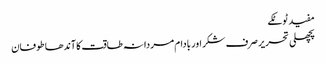
مفید ٹوٹکے
پچھلی تحریر صرف شکر اور بادام مردانہ طاقت کا آندھا طوفان